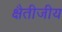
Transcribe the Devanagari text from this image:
क्षैतीजीय